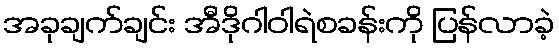
အခုချက်ချင်း အီဒိုဂါဝါရဲစခန်းကို ပြန်လာခဲ့